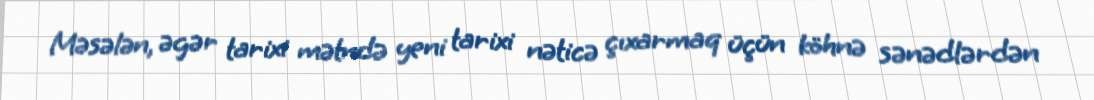
Məsələn, əgər tarixi mətndə yeni tarixi nəticə çıxarmaq üçün köhnə sənədlərdən